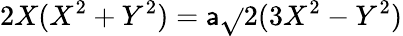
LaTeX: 2X(X^{2}+Y^{2})=\mathsf{a}{\sqrt{}{{2}}}(3X^{2}-Y^{2})